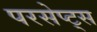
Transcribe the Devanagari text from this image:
परसेप्ट्स